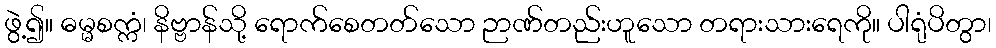
ဖွဲ့၍။ ဓမ္မစက္ကံ၊ နိဗ္ဗာန်သို့ ရောက်စေတတ်သော ဉာဏ်တည်းဟူသော တရားသားရေကို။ ပါရုံပိတွာ၊